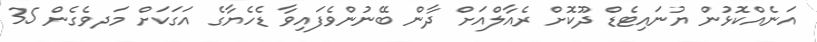
އަނެއްކޮޅުން ޔުނައިޓެޑް ދޫކޮށް ރެއާލްއަށް ދާން ބޭނުންވެފައިވާ ޑެހެޔާގެ އަގަކަށް މަދވެގެން 35